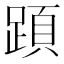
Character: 𨂠